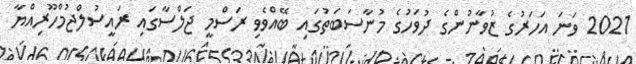
2021 ވަނަ އަހަރުގެ ޒުވާނުންގެ ދުވަހުގެ މުނާސަބަތުގައި ބޭއްވެވި ރަސްމީ ޖަލްސާގައި ރައީސުލްޖުމްހޫރިއްޔާ